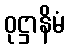
ဝုဋ္ဌာနိမံ